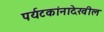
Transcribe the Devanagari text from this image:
पर्यटकांनादेखील